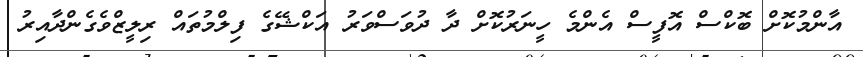
އާންމުކޮށް ބޮކްސް އޮފީސް އެންމެ ހީނަރުކޮށް ދާ ދުވަސްވަރު އަކްޝޭގެ ފިލްމުތައް ރިލީޒްވެގެންދާއިރު